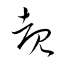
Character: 覩